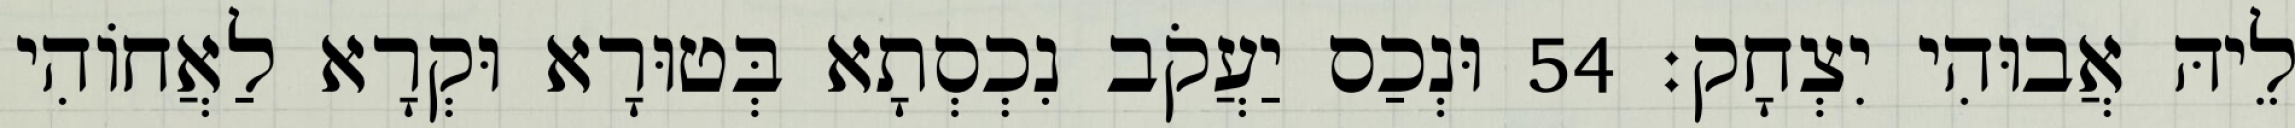
לֵיהּ אֲבוּהִי יִצְחָק׃ 54 וּנְכַס יַעֲקֹב נִכְסְתָא בְּטוּרָא וּקְרָא לַאֲחוֹהִי